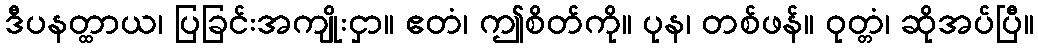
ဒီပနတ္ထာယ၊ ပြခြင်းအကျိုးငှာ။ ဧတံ၊ ဤစိတ်ကို။ ပုန၊ တစ်ဖန်။ ဝုတ္တံ၊ ဆိုအပ်ပြီ။